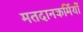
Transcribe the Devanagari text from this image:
मतदानकर्मियों